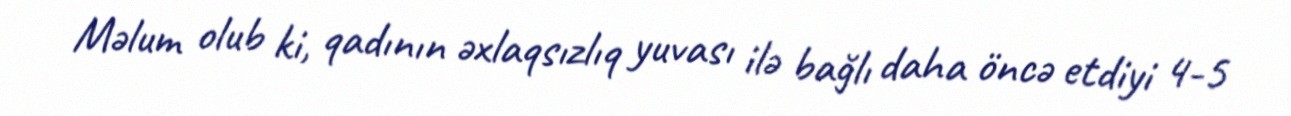
Məlum olub ki, qadının əxlaqsızlıq yuvası ilə bağlı daha öncə etdiyi 4-5